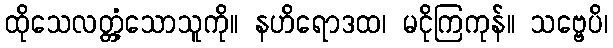
ထိုသေလတ္တံ့သောသူကို။ နဟိရောဒထ၊ မငိုကြကုန်။ သဗ္ဗေပိ၊